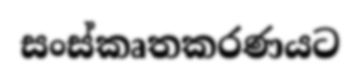
සංස්කෘතකරණයට